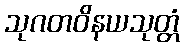
သုဂတဝိနယသုတ္တံ